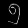
Digit: ၅